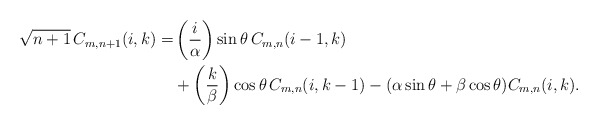
\begin{align*}\begin{aligned}\sqrt{n+1}\,C_{m,n+1}(i,k)= &\left(\frac{i}{\alpha}\right) \sin \theta\,C_{m,n}(i-1,k)\\&+\left(\frac{k}{\beta}\right) \cos \theta\,C_{m,n}(i,k-1)-(\alpha \sin \theta+\beta \cos \theta) C_{m,n}(i,k).\end{aligned}\end{align*}